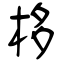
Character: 栘